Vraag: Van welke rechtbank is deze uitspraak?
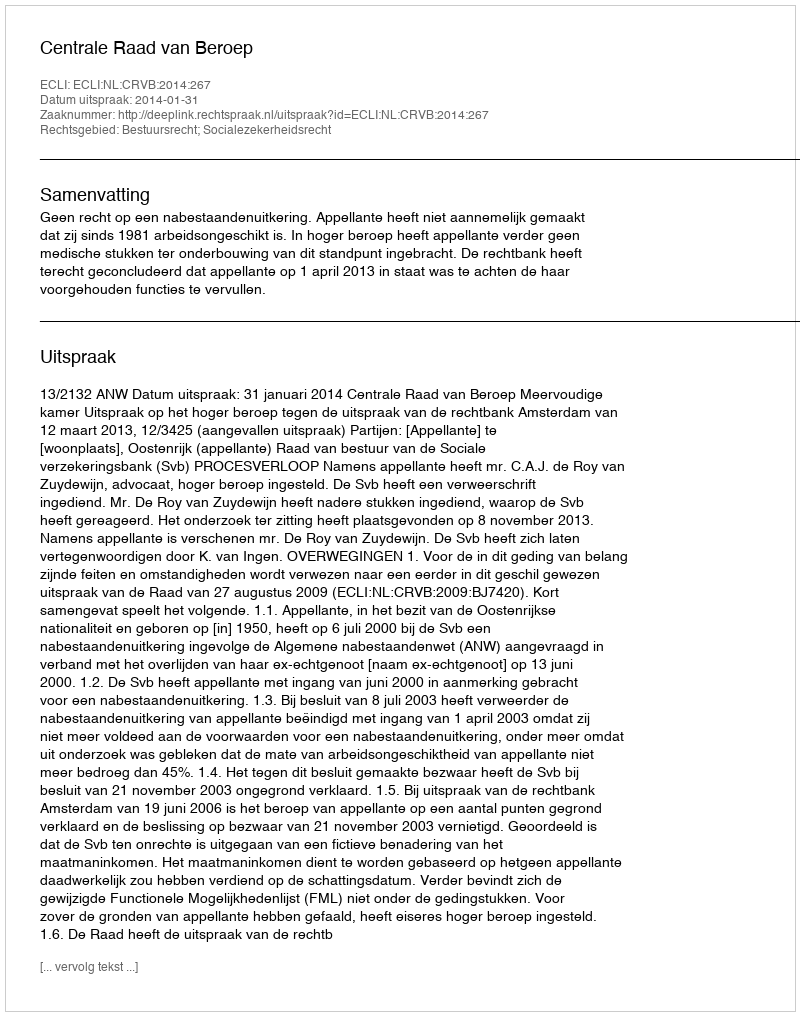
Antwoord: Centrale Raad van Beroep